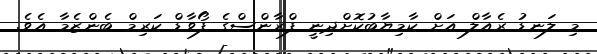
މި ލަނޑު ރެއާލް އަށް ކާމިޔާބުކޮށްދިނީ ފްރާންސްގެ ފޯވާޑް ކަރިމް ބެންޒެމާ އެވެ.